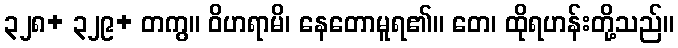
၃၂၈+ ၃၂၉+ တကွ။ ဝိဟရာမိ၊ နေတောမူရ၏။ တေ၊ ထိုရဟန်းတို့သည်။